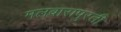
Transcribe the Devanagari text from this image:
मलबारापुरती